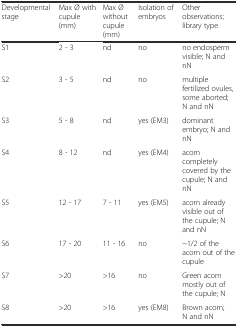
| Developmental stage | Max Ø with cupule (mm) | Max Ø without cupule (mm) | Isolation of embryos | Other observations; library type |
 | --- | --- | --- | --- | --- |
 | S1 | 2 - 3 | nd | no | no endosperm visible; N and nN |
 | S2 | 3 - 5 | nd | no | multiple fertilized ovules, some aborted; N and nN |
 | S3 | 5 - 8 | nd | yes (EM3) | dominant embryo; N and nN |
 | S4 | 8 - 12 | nd | yes (EM4) | acorn completely covered by the cupule; N and nN |
 | S5 | 12 - 17 | 7 - 11 | yes (EM5) | acorn already visible out of the cupule; N and nN |
 | S6 | 17 - 20 | 11 - 16 | no | ~1/2 of the acorn out of the cupule |
 | S7 | >20 | >16 | no | Green acorn mostly out of the cupule; N |
 | S8 | >20 | >16 | yes (EM8) | Brown acorn; N and nN |